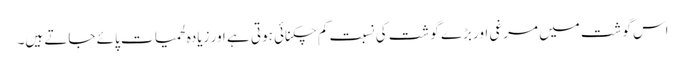
اس گوشت میں مرغی اور بڑے گوشت کی نسبت کم چکنائی ہوتی ہے اور زیادہ لحمیات پائے جاتے ہیں۔